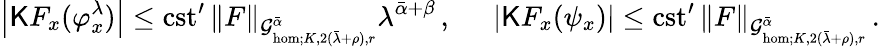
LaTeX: \left|\mathsf{K}F_{x}(\varphi_{x}^{\lambda})\right|\le\mathrm{cst}^{\prime}\, \| F\| _{\mathcal{G}_{\mathrm{hom};K,2(\bar{\lambda}+\rho),r}^{\bar{\alpha}}}\lambda^{\bar{\alpha}+\beta}\, ,\quad\ \left|\mathsf{K}F_{x}(\psi_{x})\right|\le\mathrm{cst}^{\prime}\, \| F\| _{\mathcal{G}_{\mathrm{hom};K,2(\bar{\lambda}+\rho),r}^{\bar{\alpha}}}\, .